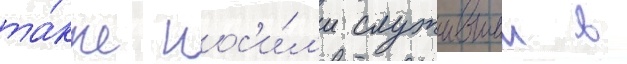
та́кже нос'и́л'и служившии в